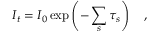
I _ { t } = I _ { 0 } \exp \left( - \sum _ { s } \tau _ { s } \right) \quad ,